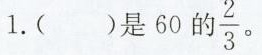
1.（ ）是60的 \frac {2} {3}。